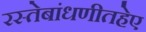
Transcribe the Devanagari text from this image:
रस्तेबांधणीतहेए